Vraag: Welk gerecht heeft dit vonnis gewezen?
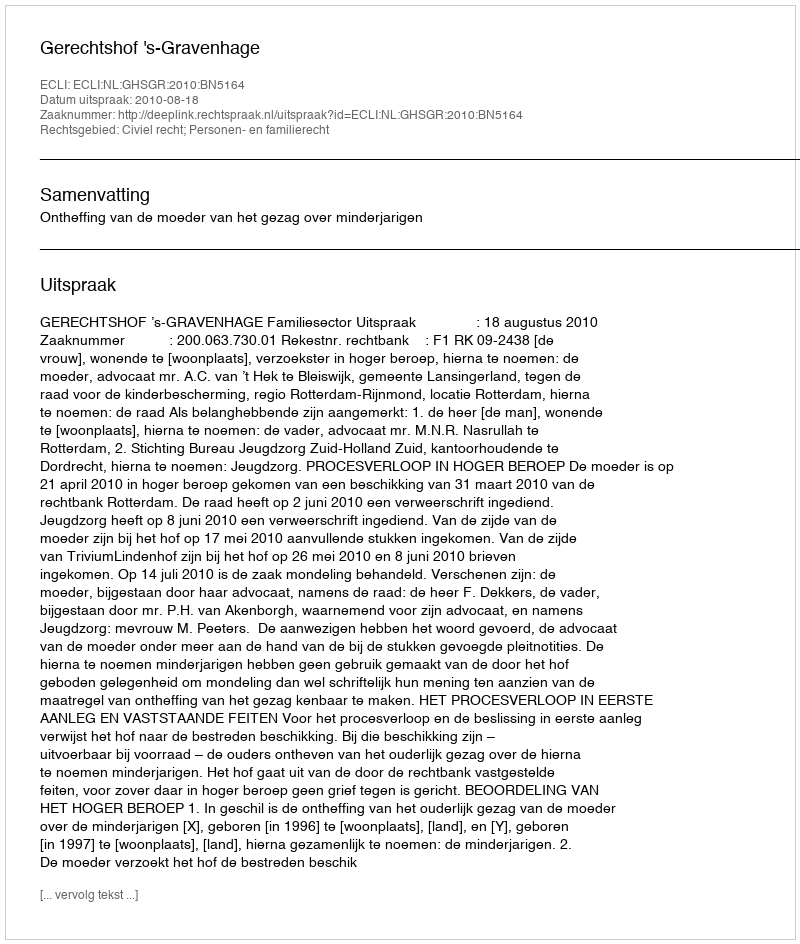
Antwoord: Gerechtshof 's-Gravenhage